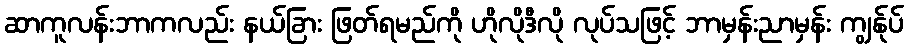
ဆာကူလန်းဘာကလည်း နယ်ခြား ဖြတ်ရမည်ကို ဟိုလိုဒီလို လုပ်သဖြင့် ဘာမှန်းညာမှန်း ကျွန်ုပ်